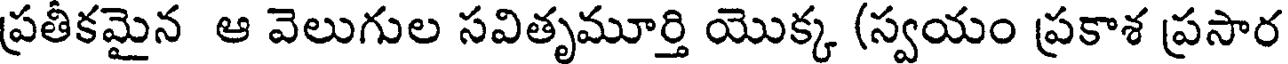
ప్రతీకమైన ఆ వెలుగుల సవితృమూర్తి యొక్క (స్వయం ప్రకాశ ప్రసార